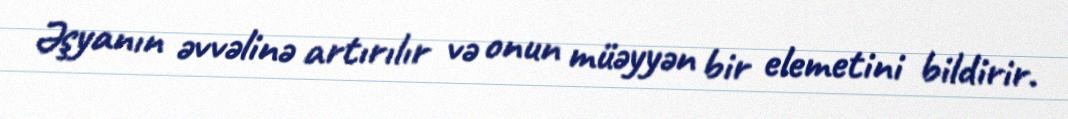
Əşyanın əvvəlinə artırılır və onun müəyyən bir elemetini bildirir.